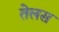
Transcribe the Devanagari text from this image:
तेलस